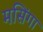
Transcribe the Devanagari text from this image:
मसिंगा